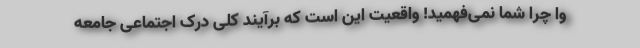
وا چرا شما نمی‌فهمید! واقعیت این است که برآیند کلی درک اجتماعی جامعه